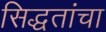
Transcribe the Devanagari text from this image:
सिद्धतांचा